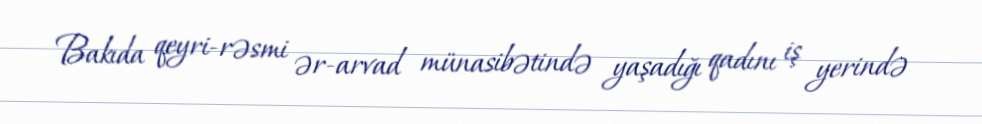
Bakıda qeyri-rəsmi ər-arvad münasibətində yaşadığı qadını iş yerində